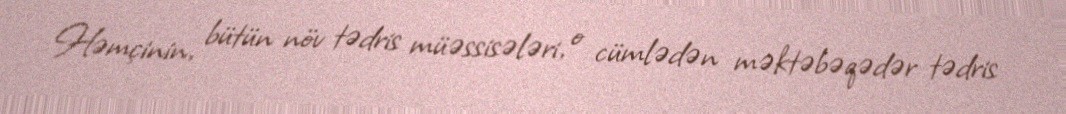
Həmçinin, bütün növ tədris müəssisələri, o cümlədən məktəbəqədər tədris